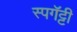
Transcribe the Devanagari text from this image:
स्पगॅट्टी